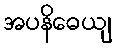
အပနိဓေယျ